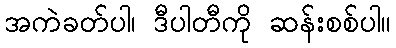
အကဲခတ်ပါ၊ ဒီပါတီကို ဆန်းစစ်ပါ။